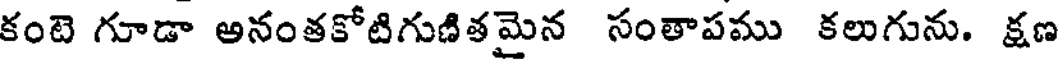
కంటె గూడా అనంతకోటిగుణితమైన సంతాపము కలుగును. క్షణ